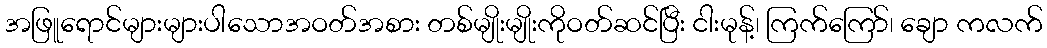
အဖြူရောင်များများပါသောအဝတ်အစား တစ်မျိုးမျိုးကိုဝတ်ဆင်ပြီး ငါးမုန့်၊ ကြက်ကြော်၊ ချော ကလက်